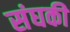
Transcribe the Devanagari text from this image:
संघकी